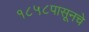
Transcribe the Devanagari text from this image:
१८५८पासूनचे